Veterinary [1909] -
Year: 1909
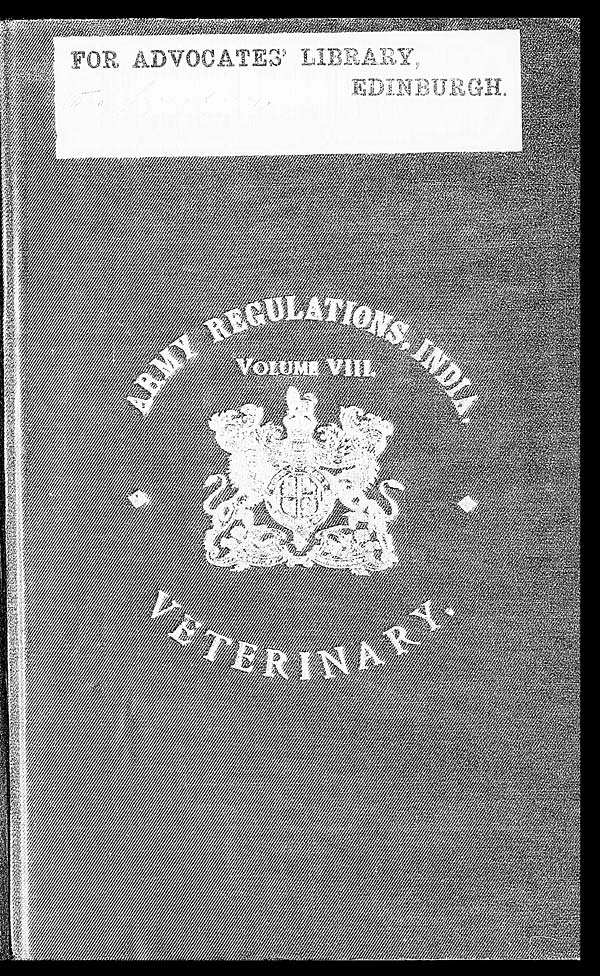
FOR ADVOCATES' LIBRARY.
EDINBURGH.
ARMY REGULATIONS INDIA
VOLUME VIII.
VETERINARY